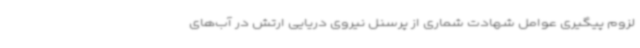
لزوم پیگیری عوامل شهادت شماری از پرسنل نیروی دریایی ارتش در آب‌های